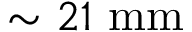
\sim 2 1 \ \mathrm { m m }